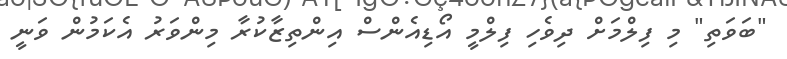
"ބަވަތި" މި ފިލްމަށް ދިވެހި ފިލްމީ އޯޑިއެންސް އިންތިޒާކުރާ މިންވަރު އެކަމުން ވަނީ